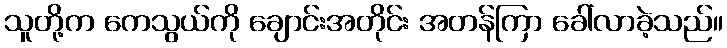
သူတို့က ကေသွယ်ကို ချောင်းအတိုင်း အတန်ကြာ ခေါ်လာခဲ့သည်။